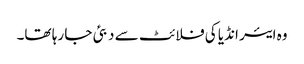
وہ ایئر انڈیا کی فلائٹ سے دبئی جا رہا تھا۔